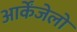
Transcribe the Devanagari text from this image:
आर्केंजेलो